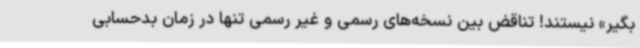
بگیر» نیستند! تناقض بین نسخه‌های رسمی و غیر رسمی تنها در زمان بدحسابی